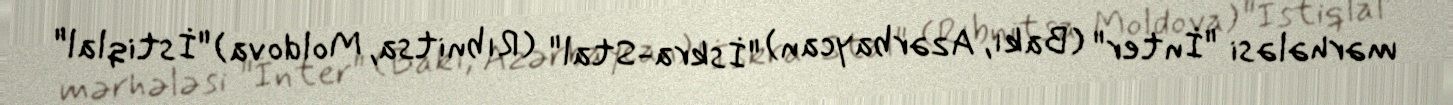
mərhələsi "İnter" (Bakı, Azərbaycan) "İskra-Stal" (Rıbnitsa, Moldova) "İstiqlal"